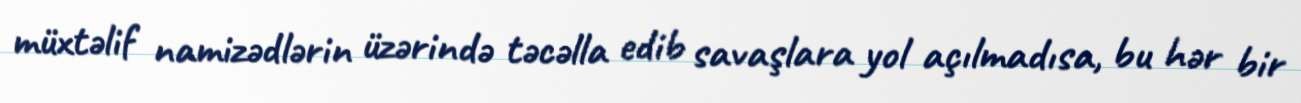
müxtəlif namizədlərin üzərində təcəlla edib savaşlara yol açılmadısa, bu hər bir